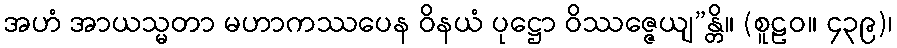
အဟံ အာယသ္မတာ မဟာကဿပေန ဝိနယံ ပုဋ္ဌော ဝိဿဇ္ဇေယျ”န္တိ။ (စူဠဝ။ ၄၃၉)၊